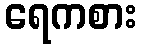
ရေကစား